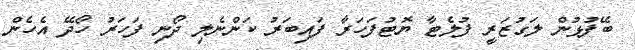
ބޭފުޅުން ލަގުޒަރީ ފުލެޓާ ޔޮޓުފަހަރާ ފައިބަރު ކަންނެލި ދޯނި ފަހަރު ހޯދޭ އެހެން